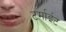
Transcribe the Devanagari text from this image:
टर्माईट